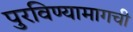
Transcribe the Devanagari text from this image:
पुरविण्यामागची